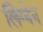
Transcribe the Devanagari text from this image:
लिग्नेन